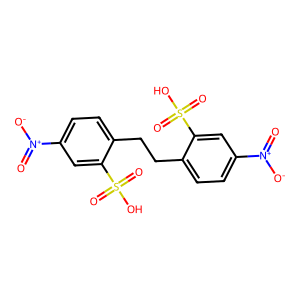
SMILES: O=[N+]([O-])c1ccc(CCc2ccc([N+](=O)[O-])cc2S(=O)(=O)O)c(S(=O)(=O)O)c1
Inhibits HIV replication: No